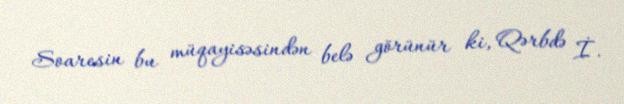
Soaresin bu müqayisəsindən belə görünür ki, Qərbdə İ.